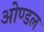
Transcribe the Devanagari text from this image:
ओण्डल